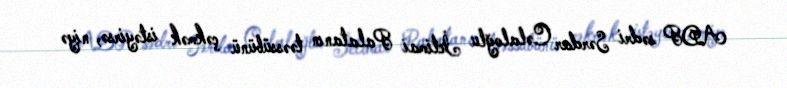
ADP sədri Sərdar Cəlaloğlu İctimai Palatanın təəssübünü çəkmək istəyirsə, niyə